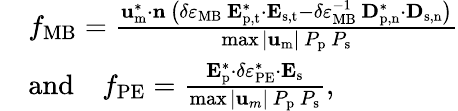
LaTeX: \begin{array}{rl}&{f_{\mathrm{MB}}=\frac{\mathbf{u}_{\mathrm{m}}^{*}\cdot\mathbf{n}\, \left(\delta\varepsilon_{\mathrm{MB}}\, \mathbf{E}_{\mathrm{p,t}}^{*}\cdot\mathbf{E}_{\mathrm{s,t}}-\delta\varepsilon_{\mathrm{MB}}^{-1}\, \mathbf{D}_{\mathrm{p,n}}^{*}\cdot\mathbf{D}_{\mathrm{s,n}}\right)}{\operatorname*{max}|\mathbf{u}_{\mathrm{m}}|\, P_{\mathrm{p}}\, P_{\mathrm{s}}}}\\ &{\mathrm{and}\quad f_{\mathrm{PE}}=\frac{\mathbf{E}_{\mathrm{p}}^{*}\cdot\delta\varepsilon_{\mathrm{PE}}^{*}\cdot\mathbf{E}_{\mathrm{s}}}{\operatorname*{max}|\mathbf{u}_{m}|\, P_{\mathrm{p}}\, P_{\mathrm{s}}},}\end{array}